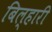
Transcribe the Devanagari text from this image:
बिल्हारी